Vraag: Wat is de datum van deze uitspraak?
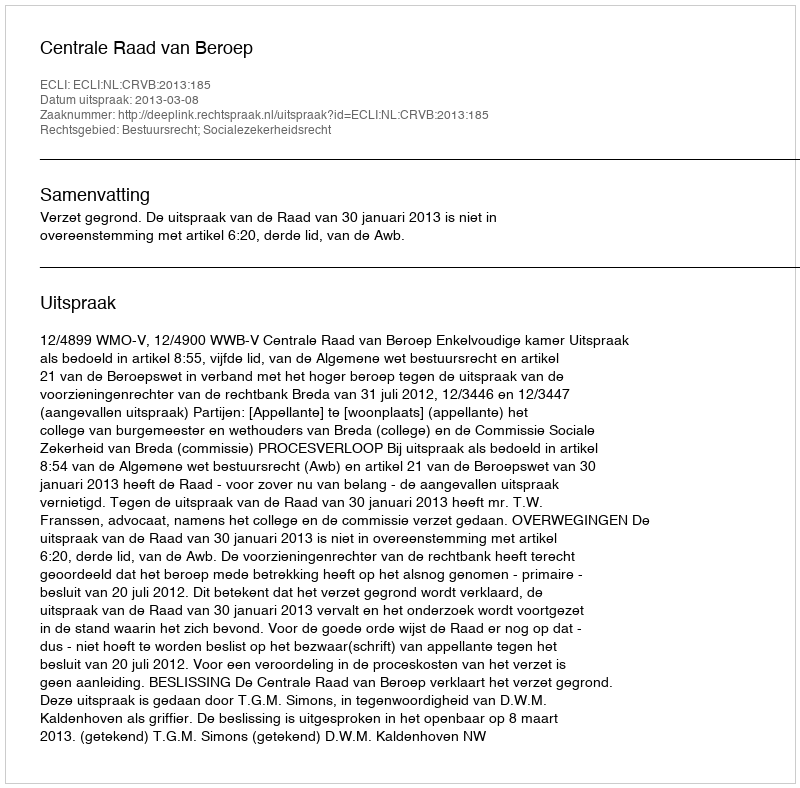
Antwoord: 2013-03-08